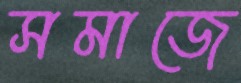
সমাজে